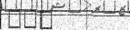
١٠٣